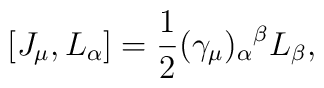
[J_\mu,L_\alpha]=\frac{1}{2}(\gamma_\mu)_\alpha{}^{\beta}L_\beta,